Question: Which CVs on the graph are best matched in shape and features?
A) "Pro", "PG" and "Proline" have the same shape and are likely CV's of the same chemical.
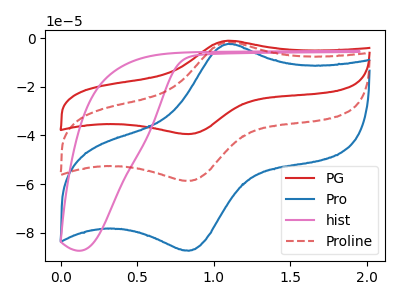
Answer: <think>The red curve "PG" has an anodic peak at (1.10V, -3.20uA) and a cathodic peak at (0.85V, -117.50uA). The blue curve "Pro" has an anodic peak at (1.10V, -2.35uA) and a cathodic peak at (0.85V, -87.45uA). The pink curve "hist" has no peaks. The red dashed curve "Proline" has an anodic peak at (1.10V, -1.60uA) and a cathodic peak at (0.85V, -58.75uA).
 All the peaks in "PG" have a peak in "Pro" at the same potential. "PG" and "hist" have a different number of peaks. All the peaks in "PG" have a peak in "Proline" at the same potential. "Pro" and "hist" have a different number of peaks. All the peaks in "Pro" have a peak in "Proline" at the same potential. "hist" and "Proline" have a different number of peaks.</think>
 <answer>A) "Pro", "PG" and "Proline" have the same shape and are likely CV's of the same chemical.</answer>
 <eval>A</eval>